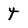
Character: 4